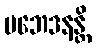
ပဘေဒနန္တိ